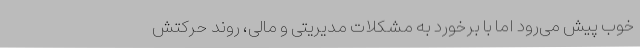
خوب پیش می‌رود اما با برخورد به مشکلات مدیریتی و مالی، روند حرکتش